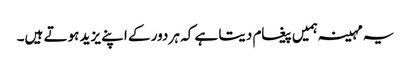
یہ مہینہ ہمیں پیغام دیتا ہے کہ ہر دور کے اپنے یزید ہوتے ہیں۔